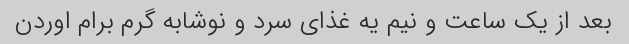
بعد از یک ساعت و نیم یه غذای سرد و نوشابه گرم برام اوردن